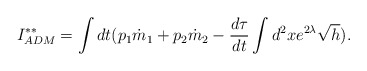
\begin{align*}I^{**}_{ADM}=\int dt(p_{1}\dot{m}_{1}+p_{2}\dot{m}_{2}-\frac{d\tau}{dt} \int d^{2}x e^{2\lambda}\sqrt{h}).\end{align*}